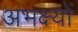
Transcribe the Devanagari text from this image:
अभक्ष्यों